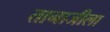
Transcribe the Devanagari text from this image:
तानाजीला